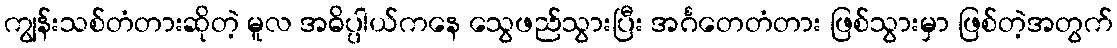
ကျွန်းသစ်တံတားဆိုတဲ့ မူလ အဓိပ္ပါယ်ကနေ သွေဖည်သွားပြီး အင်္ဂတေတံတား ဖြစ်သွားမှာ ဖြစ်တဲ့အတွက်